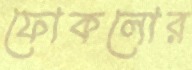
ফোকলোর